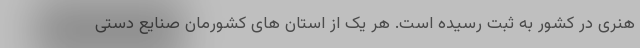
هنری در کشور به ثبت رسیده است. هر یک از استان های کشورمان صنایع دستی